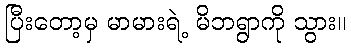
ပြီးတော့မှ မာမားရဲ့ မိဘရွာကို သွား။